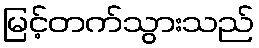
မြင့်တက်သွားသည်